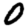
Digit: 0